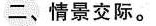
二、情景交际.